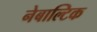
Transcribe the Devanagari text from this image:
नेबाल्टिक